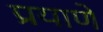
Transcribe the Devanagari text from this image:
प्रयाणे